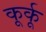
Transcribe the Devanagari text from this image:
कूर्कू